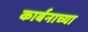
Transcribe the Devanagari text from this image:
कार्बनाच्या